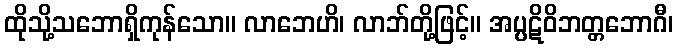
ထိုသို့သဘောရှိကုန်သော။ လာဘေဟိ၊ လာဘ်တို့ဖြင့်။ အပ္ပဋိဝိဘတ္တဘောဂီ၊